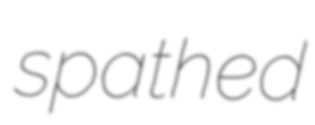
spathed